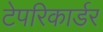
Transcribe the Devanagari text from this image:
टेपरिकार्डर